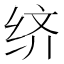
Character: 𬘧